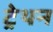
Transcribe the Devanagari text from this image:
ट्रेथन